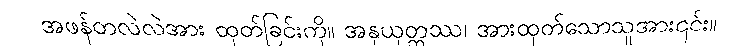
အဖန်တလဲလဲအား ထုတ်ခြင်းကို။ အနုယုတ္တဿ၊ အားထုတ်သောသူအား၎င်း။